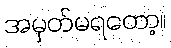
အမှတ်မရတော့။